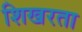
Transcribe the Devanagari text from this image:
शिखरता